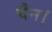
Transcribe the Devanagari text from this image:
चैन।